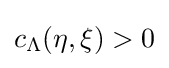
c_{\Lambda }(\eta ,\xi )>0